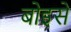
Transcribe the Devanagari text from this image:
बोइसे